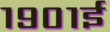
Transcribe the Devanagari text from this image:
१९०१ई